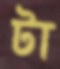
টা